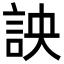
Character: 詇